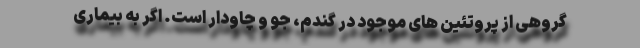
گروهی از پروتئین های موجود در گندم، جو و چاودار است. اگر به بیماری